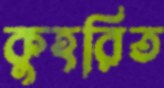
কুহরিত